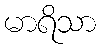
မာရိသာ